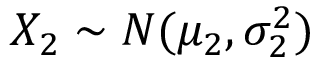
X _ { 2 } \sim N ( \mu _ { 2 } , \sigma _ { 2 } ^ { 2 } )